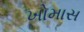
ખોમાસ